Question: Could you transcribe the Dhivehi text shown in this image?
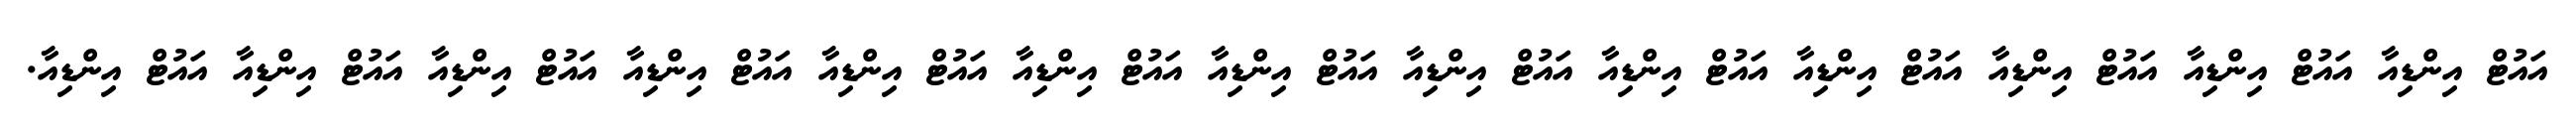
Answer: އައުޓް އިންޑިއާ އައުޓް އިންޑިއާ އައުޓް އިންޑިއާ އައުޓް އިންޑިއާ އައުޓް އިންޑިއާ އައުޓް އިންޑިއާ އައުޓް އިންޑިއާ އައުޓް އިންޑިއާ އައުޓް އިންޑިއާ އައުޓް އިންޑިއާ އައުޓް އިންޑިއާ އައުޓް އިންޑިއާ އައުޓް އިންޑިއާ.